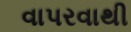
વાપરવાથી